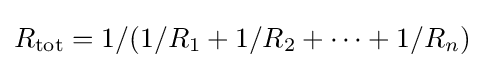
R_{\text{tot}}=1/(1/R_{1}+1/R_{2}+\cdots +1/R_{n})